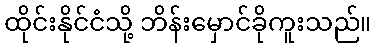
ထိုင်းနိုင်ငံသို့ ဘိန်းမှောင်ခိုကူးသည်။